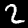
Digit: 2